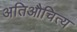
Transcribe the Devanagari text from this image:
अतिऔचित्य